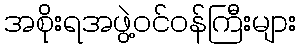
အစိုးရအဖွဲ့ဝင်ဝန်ကြီးများ